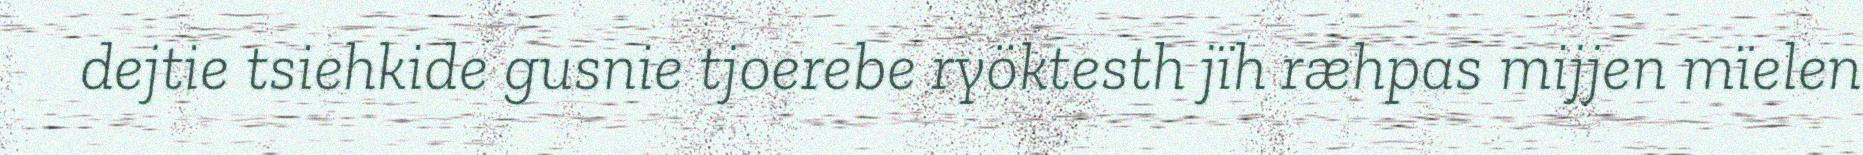
dejtie tsiehkide gusnie tjoerebe ryöktesth jïh ræhpas mijjen mïelen